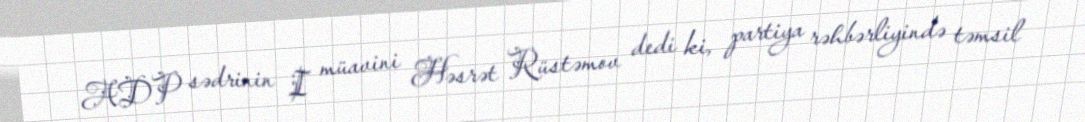
ADP sədrinin I müavini Həsrət Rüstəmov dedi ki, partiya rəhbərliyində təmsil